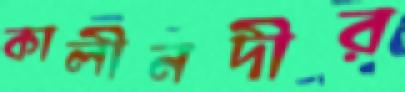
কালীনদীর